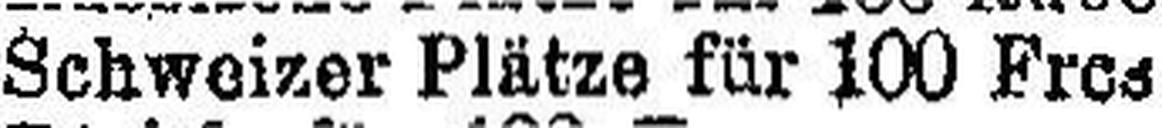
Schweizer Plätze für 100 Frcs